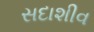
સદાશીવ